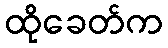
ထိုခေတ်က